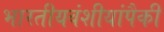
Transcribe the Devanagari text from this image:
भारतीयवंशीयांपैकी